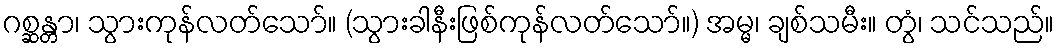
ဂစ္ဆန္တာ၊ သွားကုန်လတ်သော်။ (သွားခါနီးဖြစ်ကုန်လတ်သော်။) အမ္မ၊ ချစ်သမီး။ တွံ၊ သင်သည်။